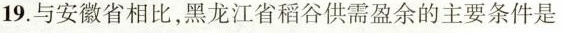
19.与安徽省相比，黑龙江省稻谷供需盈余的主要条件是